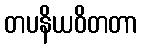
တပနိယဝိတတာ